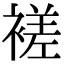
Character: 褨